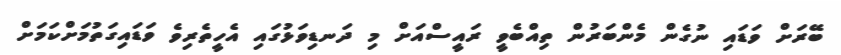
ބޭރަށް ވަޑައި ނުގެން މެންބަރުން ތިއްބެވީ ރައީސްއަށް މި ދަނޑިވަޅުގައި އެހީތެރިވެ ވަޑައިގަތުމަށްކަމަށް